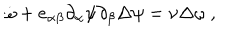
\dot { \omega } + e _ { \alpha \beta } \partial _ { \alpha } \psi \partial _ { \beta } \Delta \psi = \nu \Delta \omega \ ,